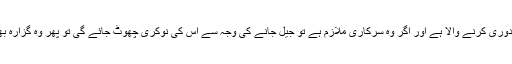
اگر شوہر روز مزدوری کرنے والا ہے اور اگر وہ سرکاری ملازم ہے تو جیل جانے کی وجہ سے اس کی نوکری چھوٹ جائے گی تو پھر وہ گزارہ بھتہ کیسے دے گا ۔